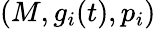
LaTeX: (M,g_{i}(t),p_{i})